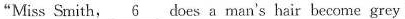
"Miss Smith, \underline{6} does a man's hair become grey